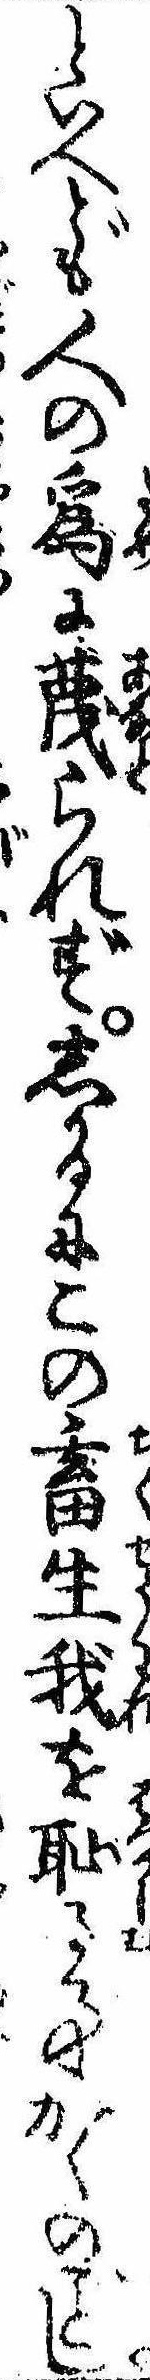
といへども人の為に蔑られずしかるにこの畜生我を恥る事かくのし